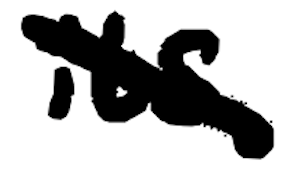
Text: its
Cross-out: mix
Writing tool: digital_black